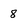
Character: 8